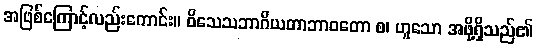
အဖြစ်ကြောင့်လည်းကောင်း။ ဝိသေသဘာဂိယတာဘာဝတော စ၊ ဟူသော အဖို့ရှိသည်၏